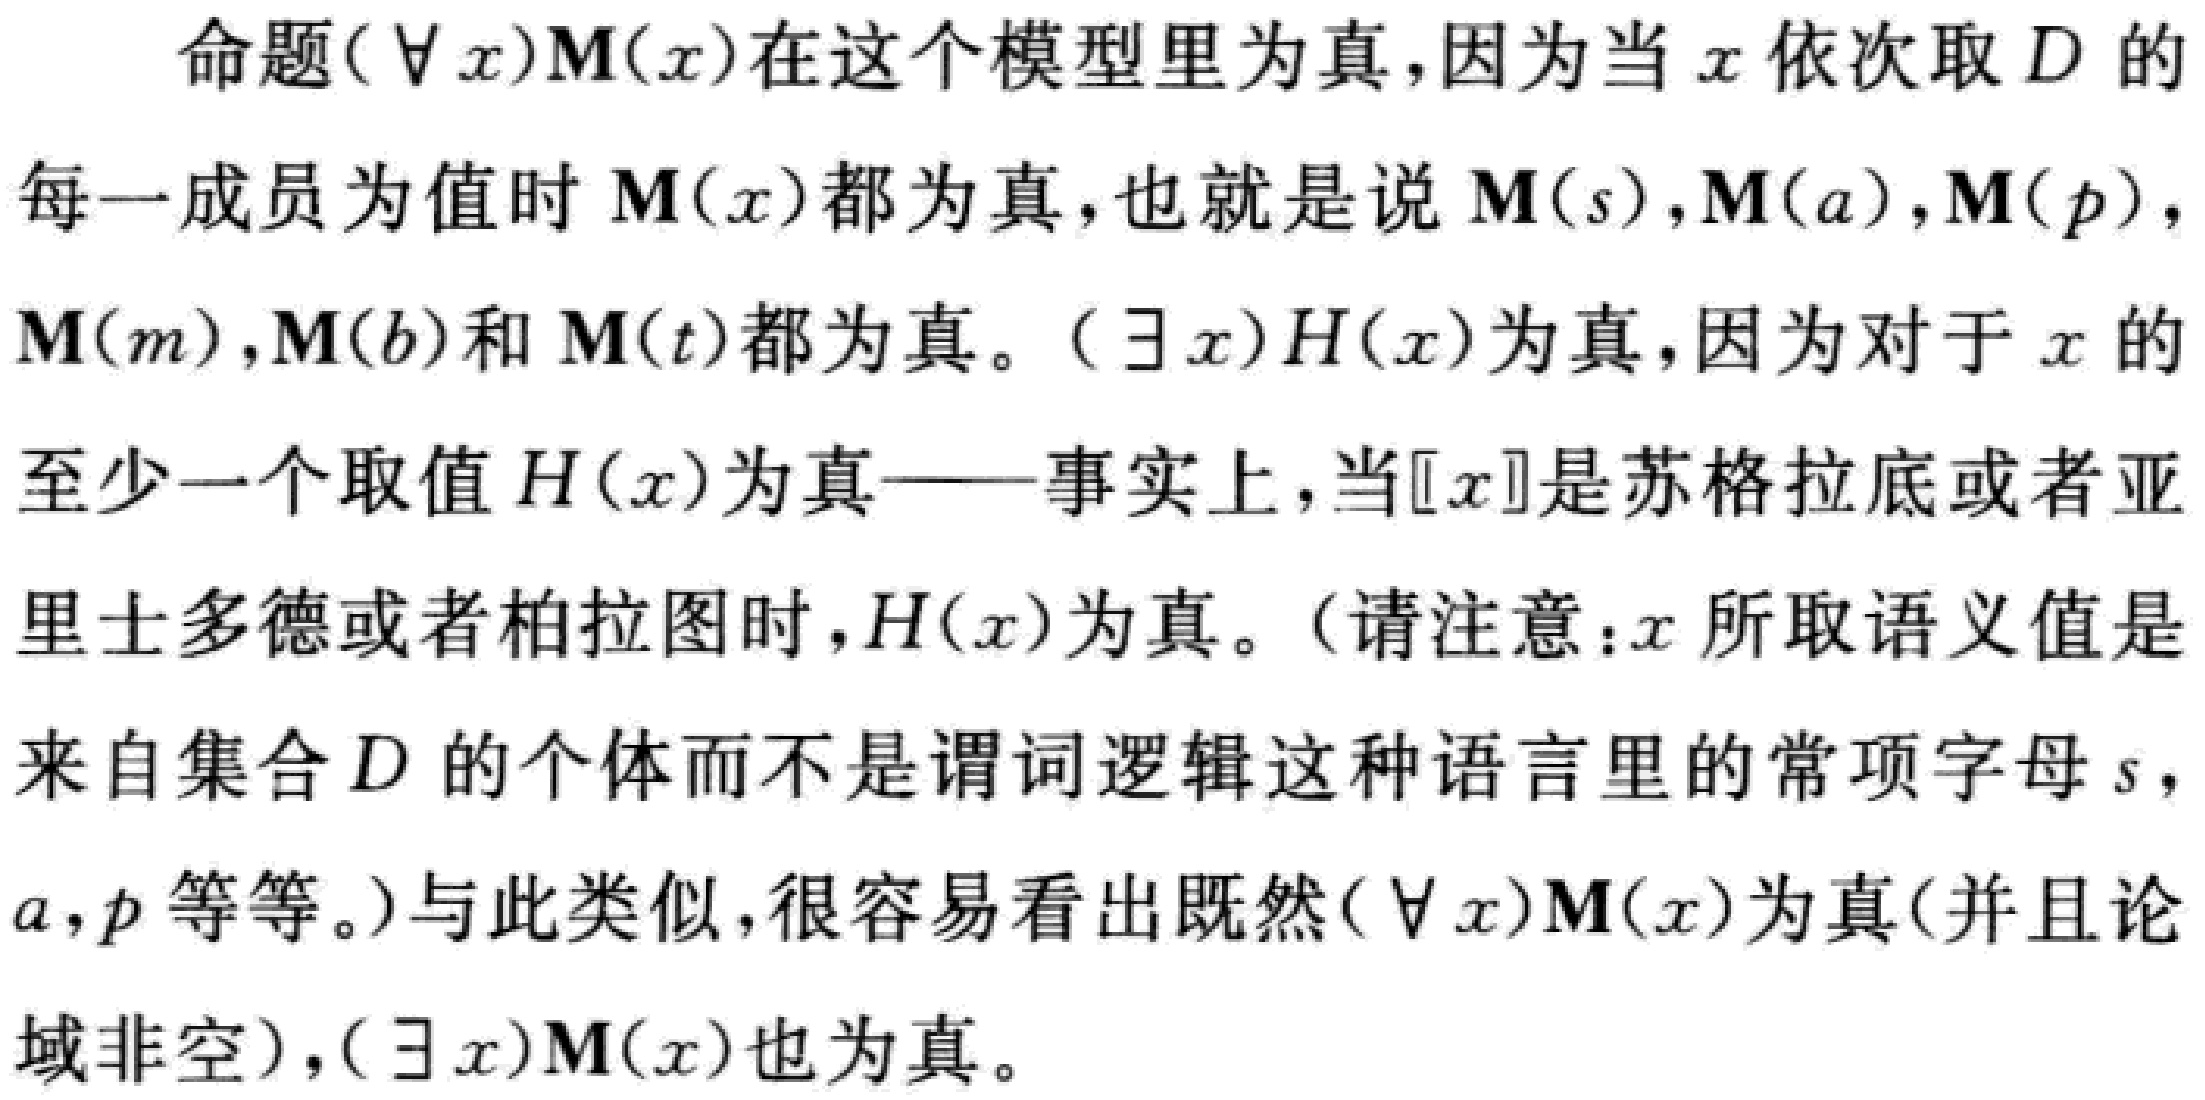
命题$(\forall x)\mathbf{M}(x)$在这个模型里为真,因为当$x$依次取$D$的每一成员为值时$\mathbf{M}(x)$都为真,也就是说$\mathbf{M}(s),\mathbf{M}(a),\mathbf{M}(p),\mathbf{M}(m),\mathbf{M}(b)$和$\mathbf{M}(t)$都为真。$(\exists x)H(x)$为真,因为对于$x$的至少一个取值$H(x)$为真——事实上,当$[x]$是苏格拉底或者亚里士多德或者柏拉图时,$H(x)$为真。（请注意：$x$所取语义值是来自集合$D$的个体而不是谓词逻辑这种语言里的常项字母$s,a,p$等等。)与此类似,很容易看出既然$(\forall x)\mathbf{M}(x)$为真(并且论域非空),$(\exists x)\mathbf{M}(x)$也为真。